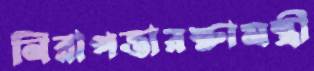
নিরাপত্তারক্ষামন্ত্রী